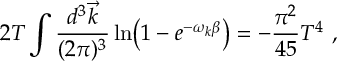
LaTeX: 2 T \int { \frac { d ^ { 3 } \vec { k } } { ( 2 \pi ) ^ { 3 } } } \ln \bigl ( 1 - e ^ { - \omega _ { k } \beta } \bigr ) = - { \frac { \pi ^ { 2 } } { 4 5 } } T ^ { 4 } \ ,